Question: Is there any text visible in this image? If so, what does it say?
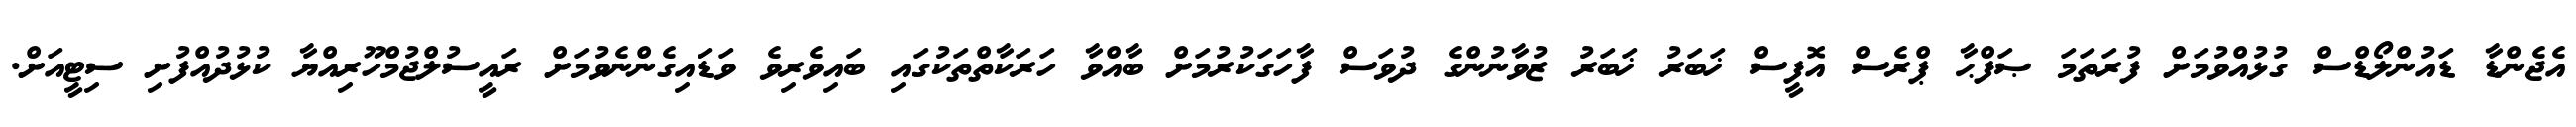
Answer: އެޖެންޑާ ޑައުންލޯޑްސް ގުޅުއްވުމަށް ފުރަތަމަ ޞަފްޙާ ޕްރެސް އޮފީސް ޚަބަރު ޚަބަރު ޒުވާނުންގެ ދުވަސް ފާހަގަކުރުމަށް ބާއްވާ ހަރަކާތްތަކުގައި ބައިވެރިވެ ވަޑައިގެންނެވުމަށް ރައީސުލްޖުމްހޫރިއްޔާ ކުޅުދުއްފުށި ސިޓީއަށް.